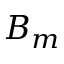
B _ { m }